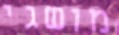
מושגי